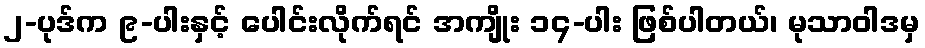
၂-ပုဒ်က ၉-ပါးနှင့် ပေါင်းလိုက်ရင် အကျိုး ၁၄-ပါး ဖြစ်ပါတယ်၊ မုသာဝါဒမှ